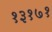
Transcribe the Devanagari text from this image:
१३१७१